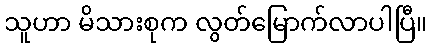
သူဟာ မိသားစုက လွတ်မြောက်လာပါပြီ။